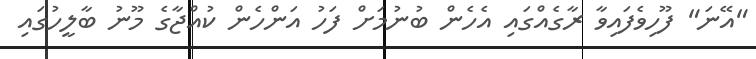
"އޭނަ" ފޫހިވެފައިވާ ރާގެއްގައި އެހެން ބުނުމަށް ފަހު އަންހެން ކުއްޖާގެ މޫނު ބާލީހުގައި